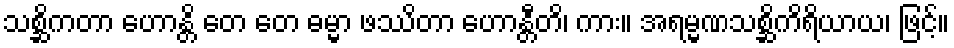
သစ္ဆိကတာ ဟောန္တိ တေ တေ ဓမ္မာ ဖဿိတာ ဟောန္တီတိ၊ ကား။ အရမ္မဏသစ္ဆိကိရိယာယ၊ ဖြင့်။